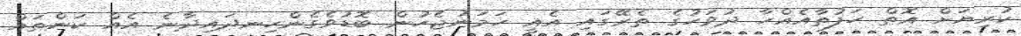
ކުރިޔަށް އޮތް ހަފުތާއެއްހާ ދުވަހުގެ ތެރޭގައި އެއީ ހަމަނުޖެހުން ބޮޑުވެގެންހިނދައިދާނެ އެއް ކަންތައް